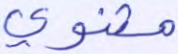
مثنوي